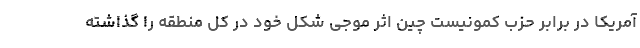
آمریکا در برابر حزب کمونیست چین اثر موجی شکل خود در کل منطقه را گذاشته